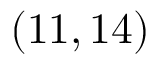
( 1 1 , 1 4 )